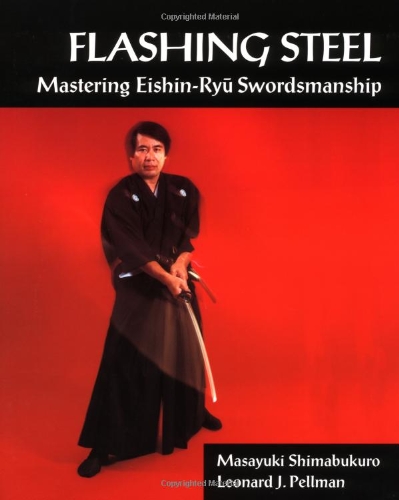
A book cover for Flashing Steel: Mastering Eishin-Ryu Swordsmanship; Shihan Shimabukuro; Sports & Outdoors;